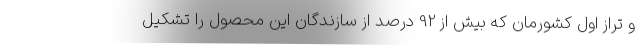
و تراز اول کشورمان که بیش از 92 درصد از سازندگان این محصول را تشکیل